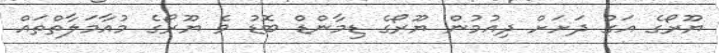
ޔޫރޯގެ އަގު ދަށަށް ދިއުމުން ޔޫރޯގެ ޑިމާންޑް ބޮޑު ވެ ޔޫރޯގެ މުއާމަލާތްތައް